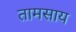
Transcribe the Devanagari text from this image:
तामसाय